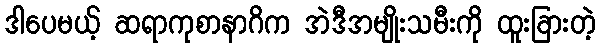
ဒါပေမယ့် ဆရာကုစာနာဂိက အဲဒီအမျိုးသမီးကို ထူးခြားတဲ့